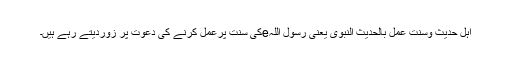
اہلِ حدیث وسنت عمل بالحدیث النبوی یعنی رسول اللہeکی سنت پرعمل کرنے کی دعوت پر زوردیتے رہے ہیں۔